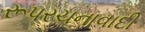
રૂપરચનાવાદી